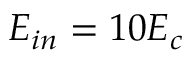
E _ { i n } = 1 0 E _ { c }